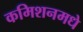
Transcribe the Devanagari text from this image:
कमिशनमधे